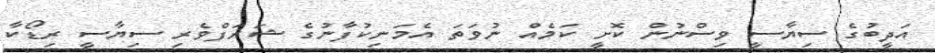
އަދީބުގެ ސިޔާސީ ވިސްނުން ކޮށީ ކަމެއް ނުވަތަ އެމަނިކުފާނުގެ ޝަރަފްވެރި ސިޔާސީ ރިޑޯކާ